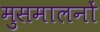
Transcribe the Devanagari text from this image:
मुसमालनों